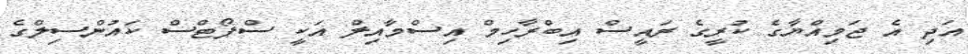
އަދި އެ ޖަމިއްޔާގެ ކުރީގެ ރައީސް އިބްރާހިމް އިސްމާއިލް އަކީ ސްޕޯޓްސް ކައުންސިލްގެ